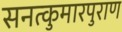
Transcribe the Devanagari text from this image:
सनत्कुमारपुराण